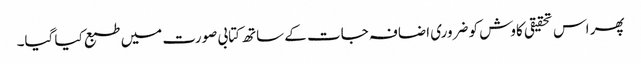
پھر اس تحقیقی کاوش کو ضروری اضافہ جات کے ساتھ کتابی صورت میں طبع کیا گیا۔